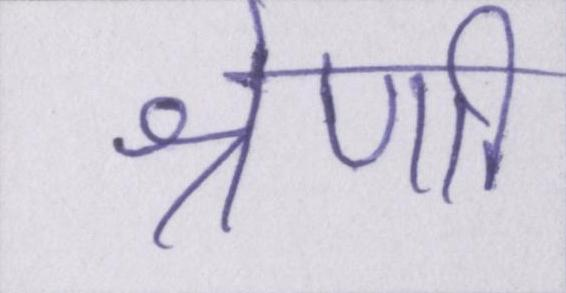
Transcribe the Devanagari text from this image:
श्रेणी